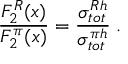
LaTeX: \frac { F _ { 2 } ^ { R } ( x ) } { F _ { 2 } ^ { \pi } ( x ) } = \frac { \sigma _ { t o t } ^ { R h } } { \sigma _ { t o t } ^ { \pi h } } \; .